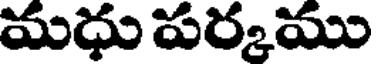
మధు పర్కము